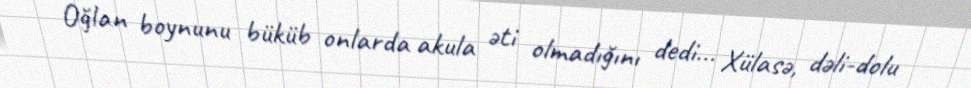
Oğlan boynunu büküb onlarda akula əti olmadığını dedi... Xülasə, dəli-dolu